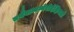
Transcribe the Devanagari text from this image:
तथैवान्यन्मेरोर्दक्षिणतो